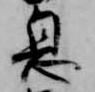
息